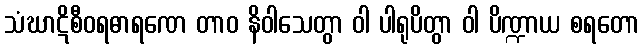
သံဃာဋိစီဝရဓာရဏေ တာဝ နိဝါသေတွာ ဝါ ပါရုပိတွာ ဝါ ပိဏ္ဍာယ စရတော